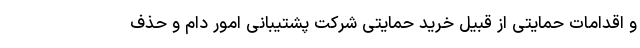
و اقدامات حمایتی از قبیل خرید حمایتی شرکت پشتیبانی امور دام و حذف